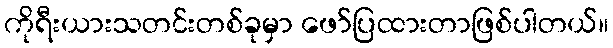
ကိုရီးယားသတင်းတစ်ခုမှာ ဖော်ပြထားတာဖြစ်ပါတယ်။